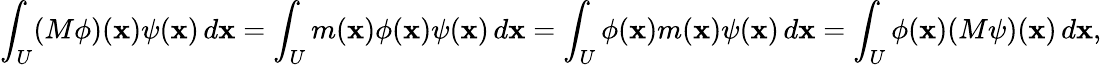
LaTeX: \int_{U}(M\phi)(\mathbf{x})\psi(\mathbf{x})\, d\mathbf{x}=\int_{U}m(\mathbf{x})\phi(\mathbf{x})\psi(\mathbf{x})\, d\mathbf{x}=\int_{U}\phi(\mathbf{x})m(\mathbf{x})\psi(\mathbf{x})\, d\mathbf{x}=\int_{U}\phi(\mathbf{x})(M\psi)(\mathbf{x})\, d\mathbf{x},